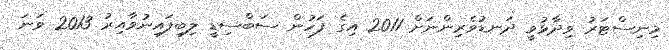
މިނިސްޓަރު ވިދާޅުވީ ދަނޑުވެރިންނަށް 2011 އިގެ ފަހުން ސަބްސިޑީ ލިބިފައިނުވާއިރު 2013 ވަނަ